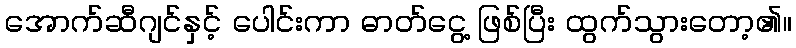
အောက်ဆီဂျင်နှင့် ပေါင်းကာ ဓာတ်ငွေ့ ဖြစ်ပြီး ထွက်သွားတော့၏။